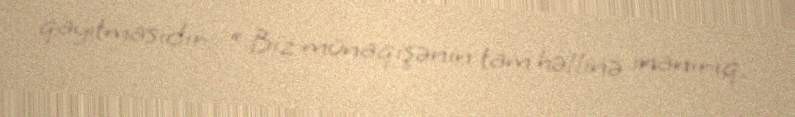
qayıtmasıdır: “ Biz münaqişənin tam həllinə inanırıq.